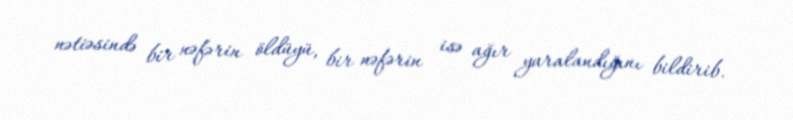
nətiəsində bir nəfərin öldüyü, bir nəfərin isə ağır yaralandığını bildirib.